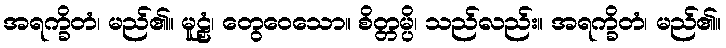
အရက္ခိတံ၊ မည်၏။ မူဠှံ၊ တွေဝေသော။ စိတ္တမ္ပိ၊ သည်လည်း။ အရက္ခိတံ၊ မည်၏။